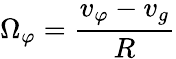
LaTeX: \Omega_{\varphi}=\frac{v_{\varphi}-v_{g}}{R}